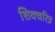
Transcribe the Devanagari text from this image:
शिवचरित्र